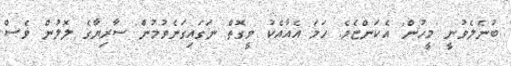
ބުނެލެވުނީ 'މީހުން' އެކަންޏެވެ. ހަމަ އެއާއެކު ވީގޮތް ނަގައިގަނެވުމުން ސާރިޔާގެ ލޮލުން ވެސް